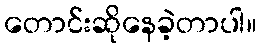
တောင်းဆိုနေခဲ့တာပါ။